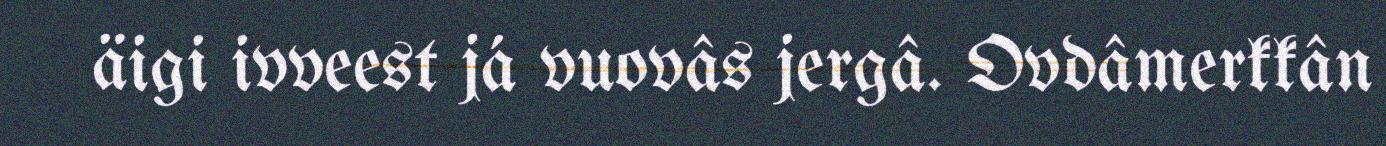
äigi ivveest já vuovâs jergâ. Ovdâmerkkân